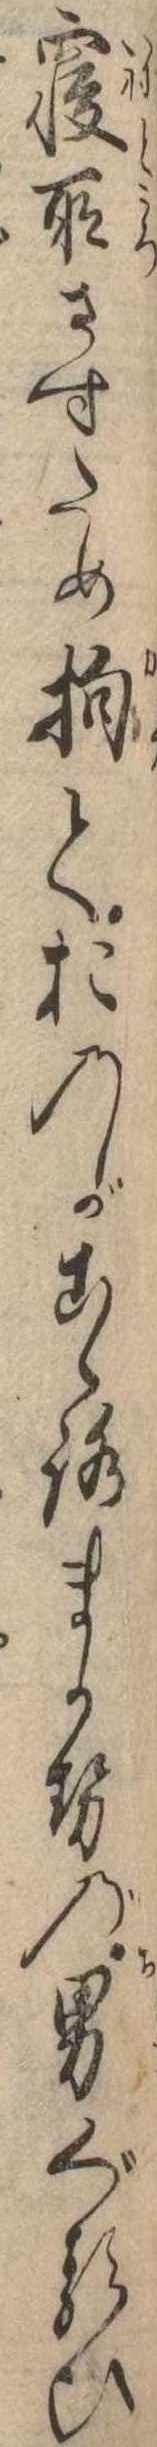
寝所さすため抱ておのがこゝろまかせの男ぐるひ